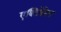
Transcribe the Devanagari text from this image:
एक्टिवेटेड